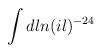
LaTeX: \begin{align*}\int dl n(il)^{-24}\end{align*}